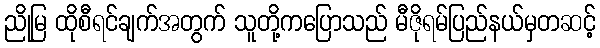
ညိုမြ ထိုစီရင်ချက်အတွက် သူတို့ကပြောသည် မီဇိုရမ်ပြည်နယ်မှတဆင့်